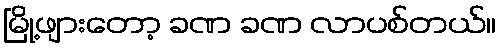
မြို့ဖျားတော့ ခဏ ခဏ လာပစ်တယ်။